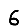
Digit: 6